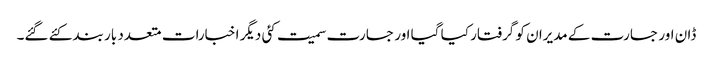
ڈان اور جسارت کے مدیران کو گرفتار کیا گیا اور جسارت سمیت کئی دیگر اخبارات متعدد بار بند کئے گئے۔